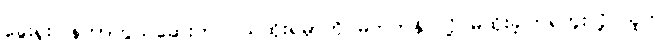
ခွေးရူးပြန်ကာကွယ်ဆေးက ဝယ်ထိုးရမှာကို မတတ်နိုင်လို့ မထိုးခဲ့ကြရဘူးလို့ သူက